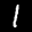
Label: 1